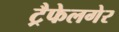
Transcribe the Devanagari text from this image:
ट्रैफेलगेर